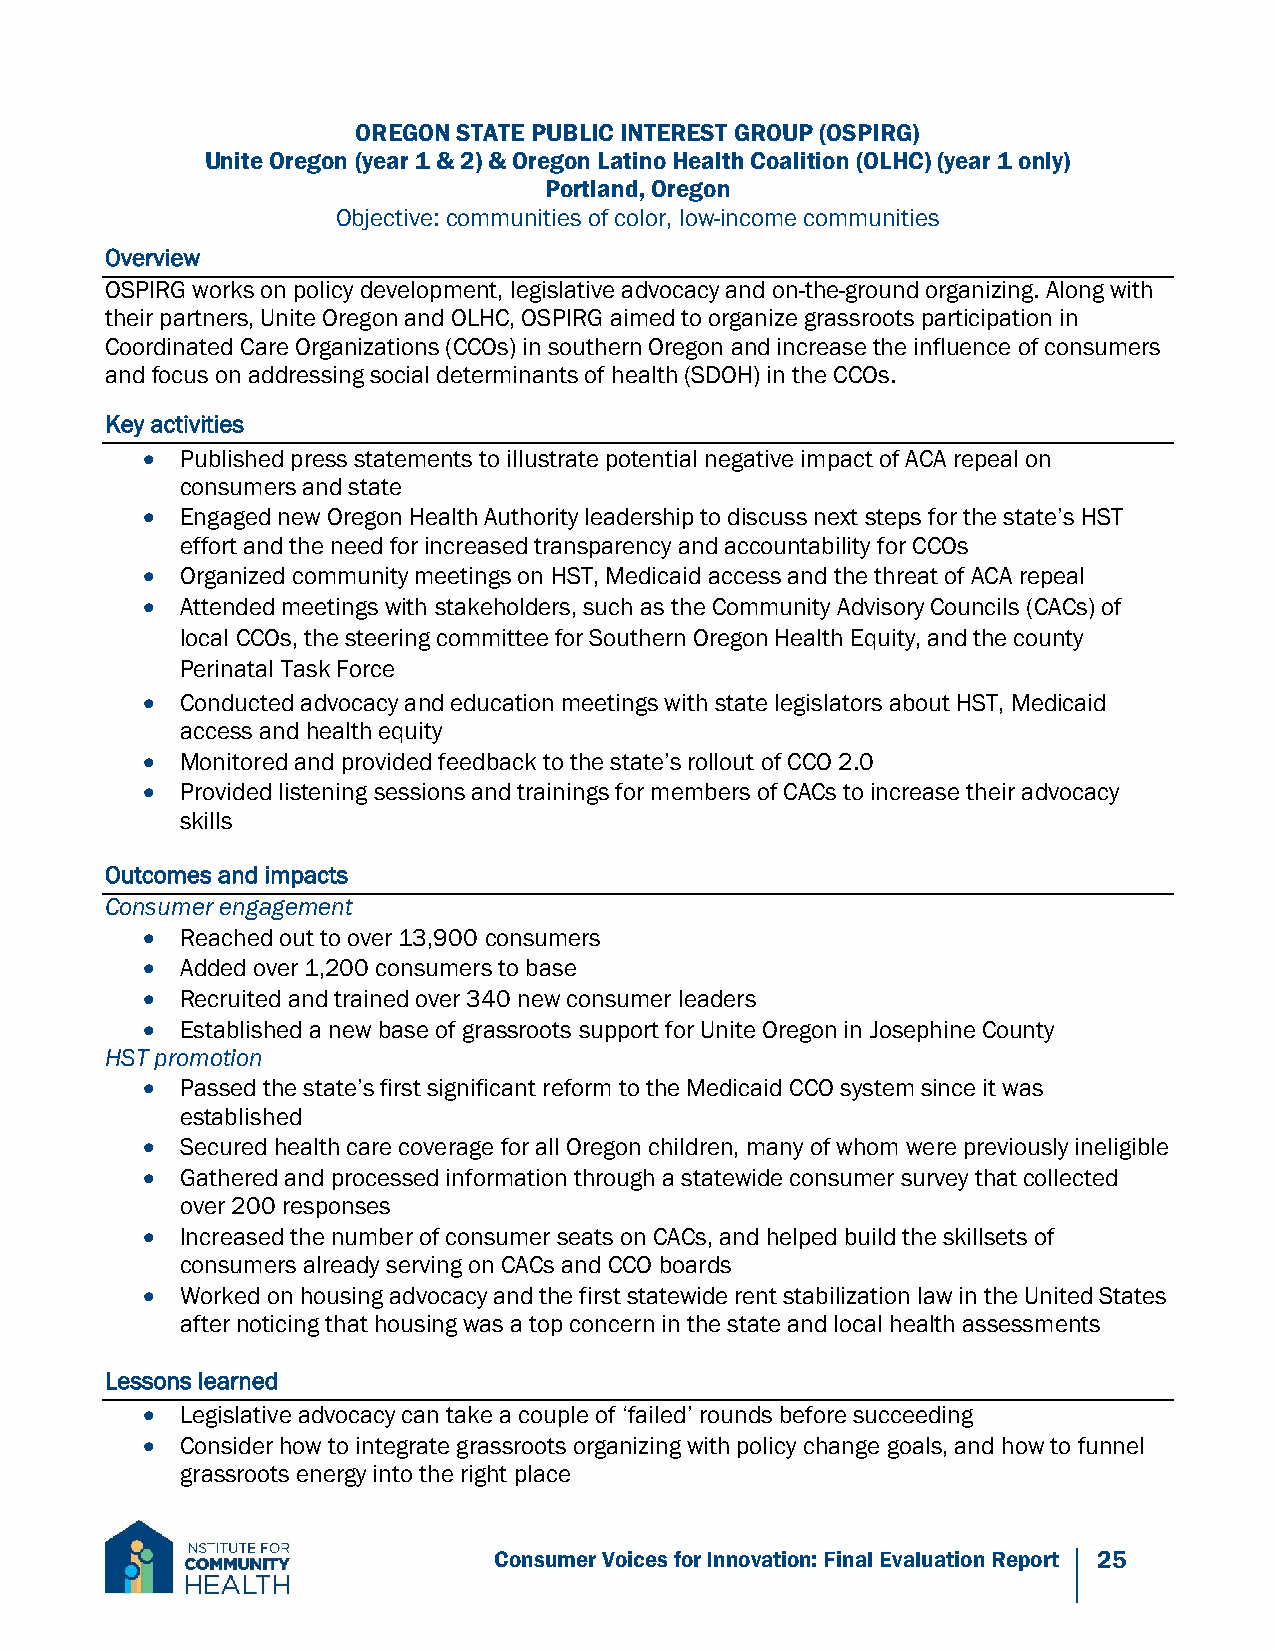
OREGON STATE PUBLIC INTEREST GROUP (OSPIRG)
 Unite Oregon (year 1 & 2) & Oregon Latino Health Coalition (OLHC) (year 1 only)
 Portland, Oregon
 Objective: communities of color, low-income communities
 Overview
 OSPIRG works on policy development, legislative advocacy and on-the-ground organizing. Along with
 their partners, Unite Oregon and OLHC, OSPIRG aimed to organize grassroots participation in
 Coordinated Care Organizations (CCOs) in southern Oregon and increase the influence of consumers
 and focus on addressing social determinants of health (SDOH) in the CCOs.
 Key activities
   Published press statements to illustrate potential negative impact of ACA repeal on
 consumers and state
   Engaged new Oregon Health Authority leadership to discuss next steps for the state’s HST
 effort and the need for increased transparency and accountability for CCOs
   Organized community meetings on HST, Medicaid access and the threat of ACA repeal
   Attended meetings with stakeholders, such as the Community Advisory Councils (CACs) of
 local CCOs, the steering committee for Southern Oregon Health Equity, and the county
 Perinatal Task Force
   Conducted advocacy and education meetings with state legislators about HST, Medicaid
 access and health equity
   Monitored and provided feedback to the state’s rollout of CCO 2.0
   Provided listening sessions and trainings for members of CACs to increase their advocacy
 skills
 Outcomes and impacts
 Consumer engagement
   Reached out to over 13,900 consumers
   Added over 1,200 consumers to base
   Recruited and trained over 340 new consumer leaders
   Established a new base of grassroots support for Unite Oregon in Josephine County
 HST promotion
   Passed the state’s first significant reform to the Medicaid CCO system since it was
 established
   Secured health care coverage for all Oregon children, many of whom were previously ineligible
   Gathered and processed information through a statewide consumer survey that collected
 over 200 responses
   Increased the number of consumer seats on CACs, and helped build the skillsets of
 consumers already serving on CACs and CCO boards
   Worked on housing advocacy and the first statewide rent stabilization law in the United States
 after noticing that housing was a top concern in the state and local health assessments
 Lessons learned
   Legislative advocacy can take a couple of ‘failed’ rounds before succeeding
   Consider how to integrate grassroots organizing with policy change goals, and how to funnel
 grassroots energy into the right place
 Consumer Voices for Innovation: Final Evaluation Report 25